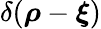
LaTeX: \delta(\boldsymbol{\rho}-\boldsymbol{\xi})